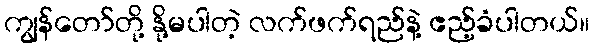
ကျွန်တော်တို့ နို့မပါတဲ့ လက်ဖက်ရည်နဲ့ ဧည့်ခံပါတယ်။